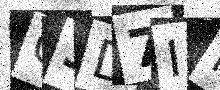
Text: C3D7IM